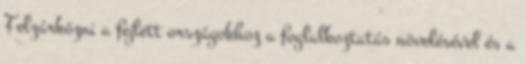
Felzárkózni a fejlett országokhoz a foglalkoztatás növelésével és a